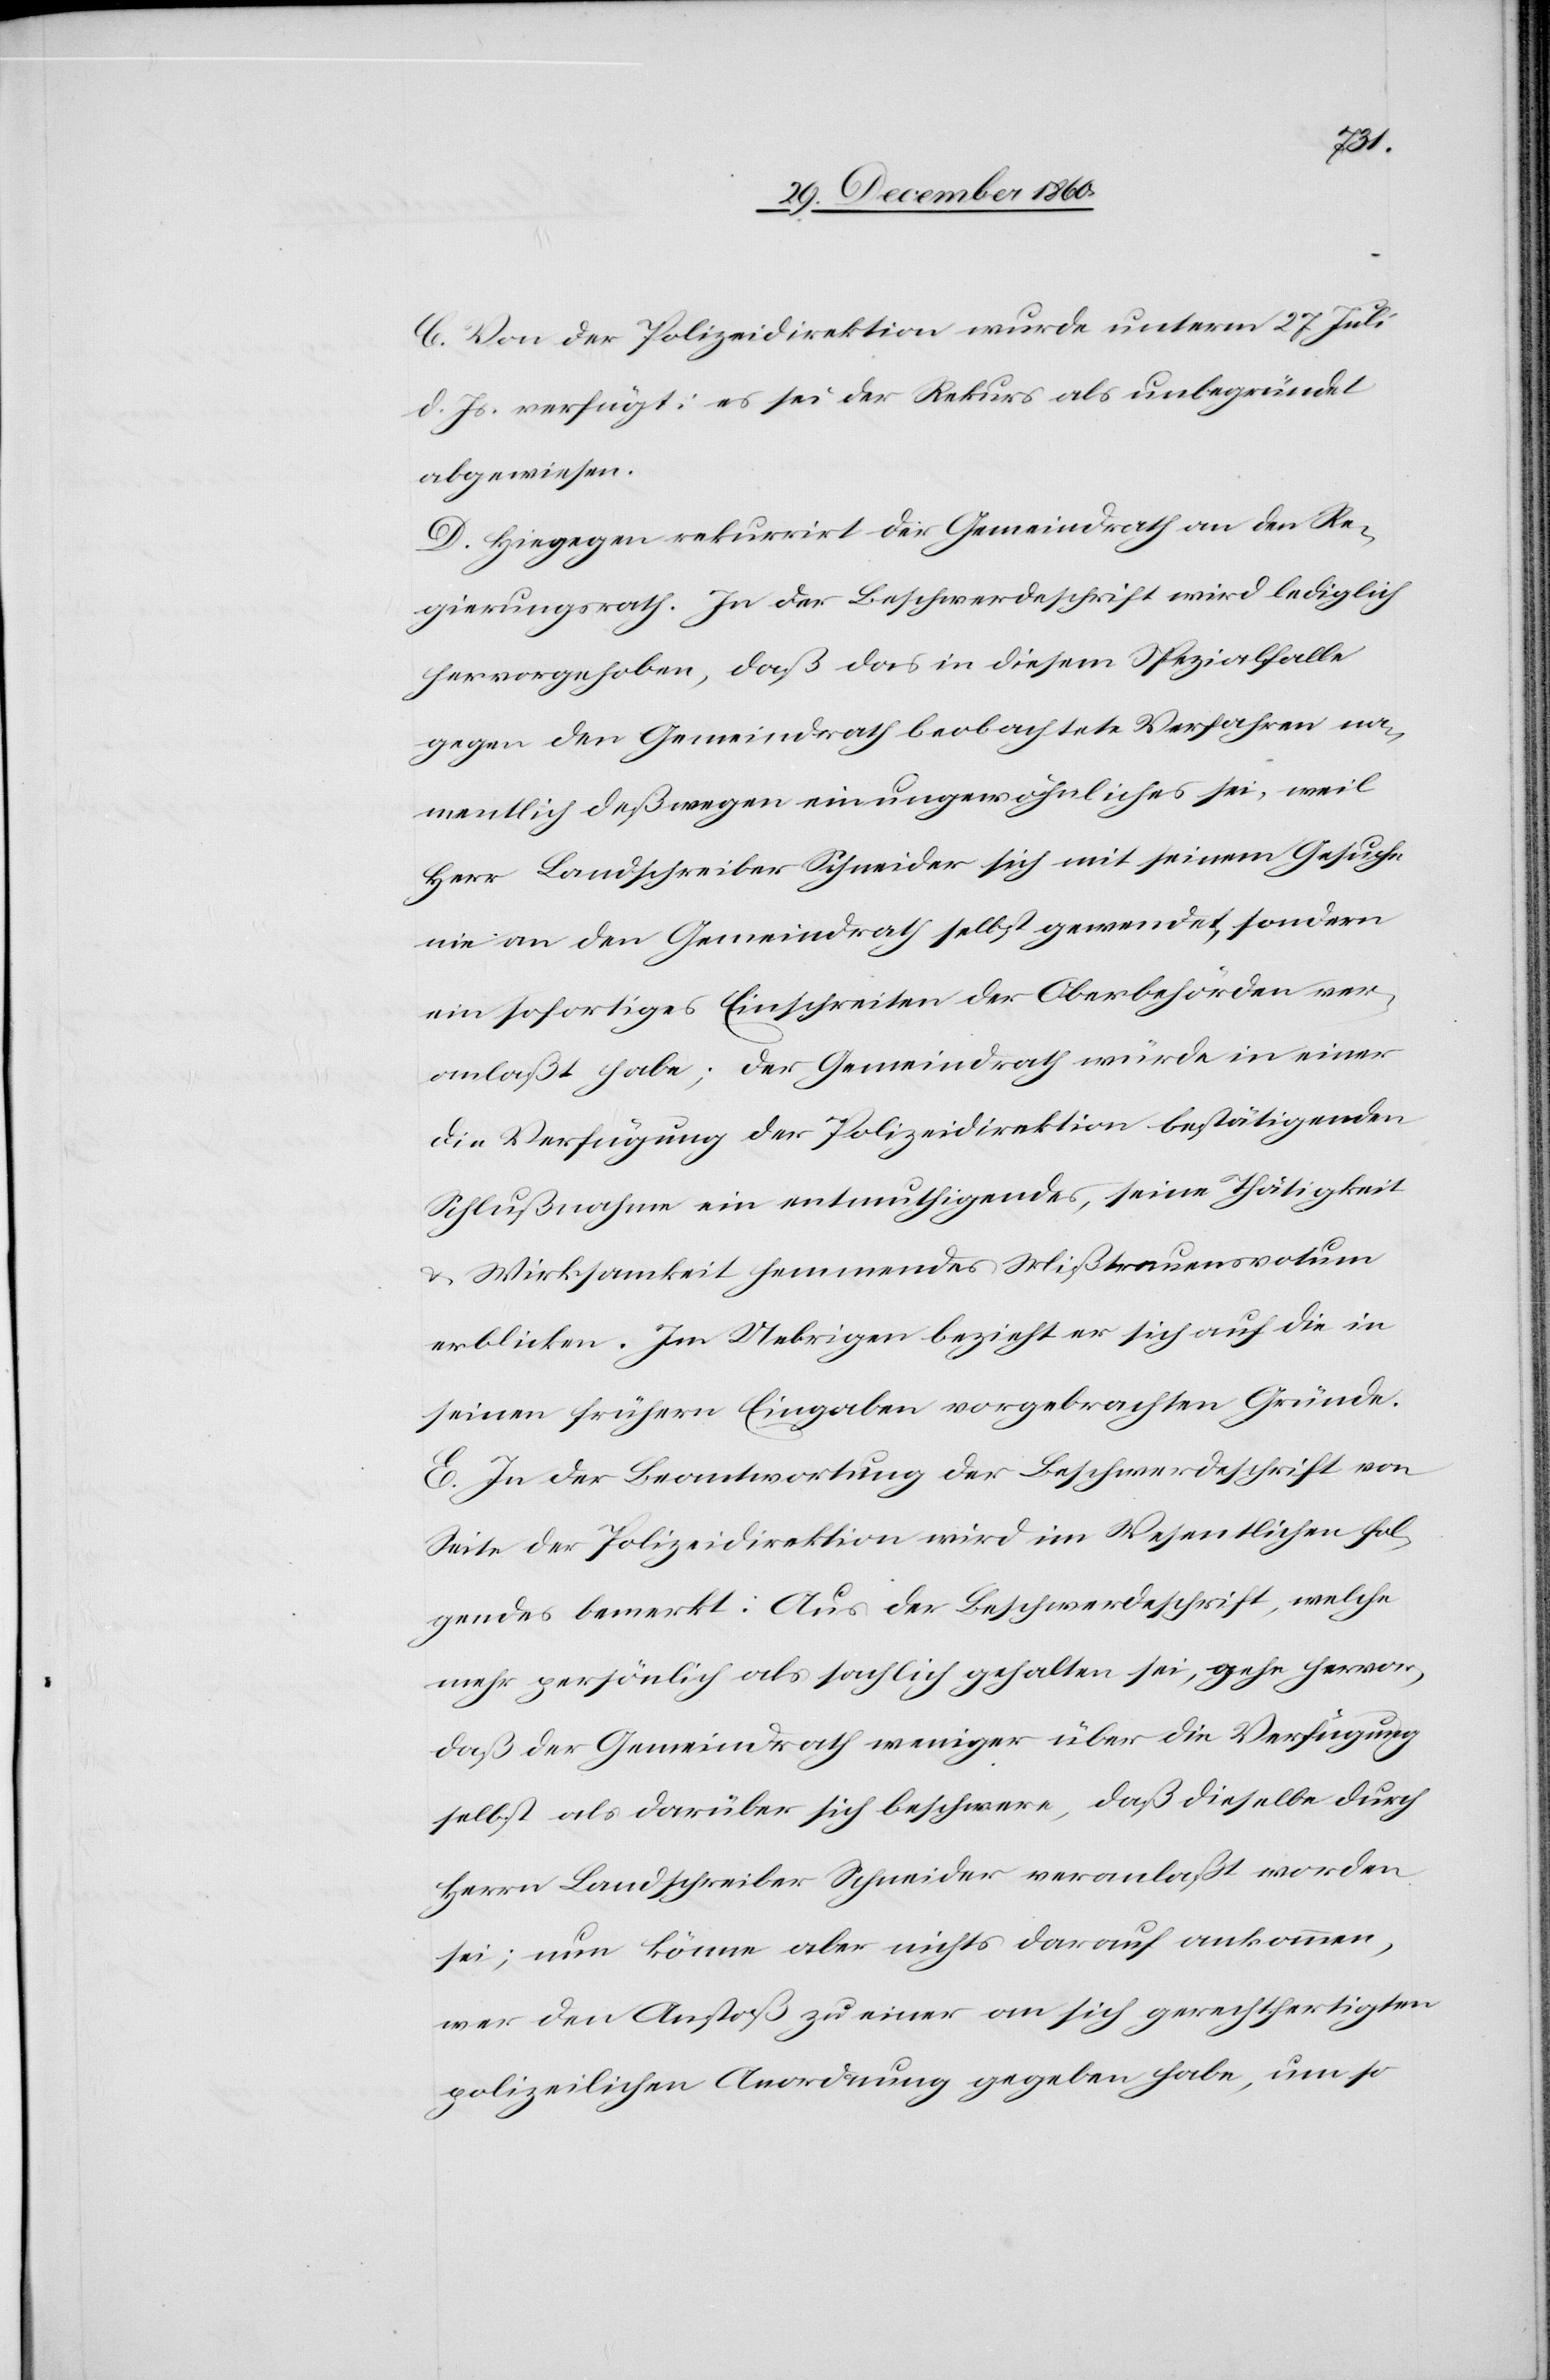
C. Von der Polizeidirektion wurde unterm 27. Juli
d. Js. verfügt: es sei der Rekurs als unbegründet
abgewiesen.
D. Hiegegen rekurrirt der Gemeindrath an den Re¬
gierungsrath. In der Beschwerdeschrift wird lediglich
hervorgehoben, daß das in diesem Spezialfalle
gegen den Gemeindrath beobachtete Verfahren na¬
mentlich deßwegen ein ungewöhnliches sei, weil
Herr Landschreiber Schneider sich mit seinem Gesuche
nie an den Gemeindrath selbst gewendet, sondern
ein sofortiges Einschreiben der Oberbehörden ver¬
anlaßt habe; der Gemeindrath würde in einer
die Verfügung der Polizeidirektion bestätigenden
Schlußnahme ein entmuthigendes, seine Thätigkeit
u. Wirksamkeit hemmendes Mißtrauensvotum
erblicken. Im Uebrigen bezieht er sich auf die in
seinen frühern Eingaben vorgebrachten Gründe.
E. In der Beantwortung der Beschwerdeschrift von
Seite der Polizeidirektion wird im Wesentlichen fol¬
gendes bemerkt: Aus der Beschwerdeschrift, welche
mehr persönlich als sachlich gehalten sei, gehe hervor,
daß der Gemeindrath weniger über die Verfügung
selbst als darüber sich beschwere, daß dieselbe durch
Herrn Landschreiber Schneider veranlaßt worden
sei; nun könne aber nichts darauf ankommen,
wer den Anstoß zu einer an sich gerechtfertigten
polizeilichen Anordnung gegeben habe, um so